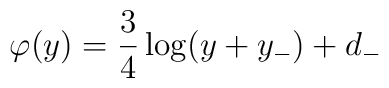
\varphi (y)=\frac{3}{4}\log (y+y_{-})+d_{-}